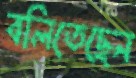
বলিতেছেন